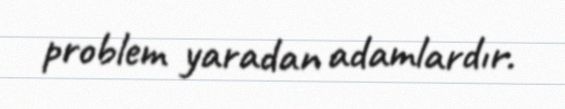
problem yaradan adamlardır.